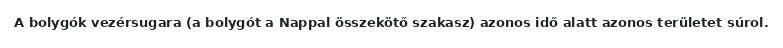
A bolygók vezérsugara (a bolygót a Nappal összekötő szakasz) azonos idő alatt azonos területet súrol.